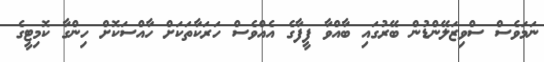
ނަމަވެސް ސްވިޒަލޭންޑުން ބޭރުގައި ބާއްވާ ފީފާގެ އެއްވެސް ހަރަކާތަކަށް ހާއްސަކޮށް ހިންގާ ކޮމިޓީގެ